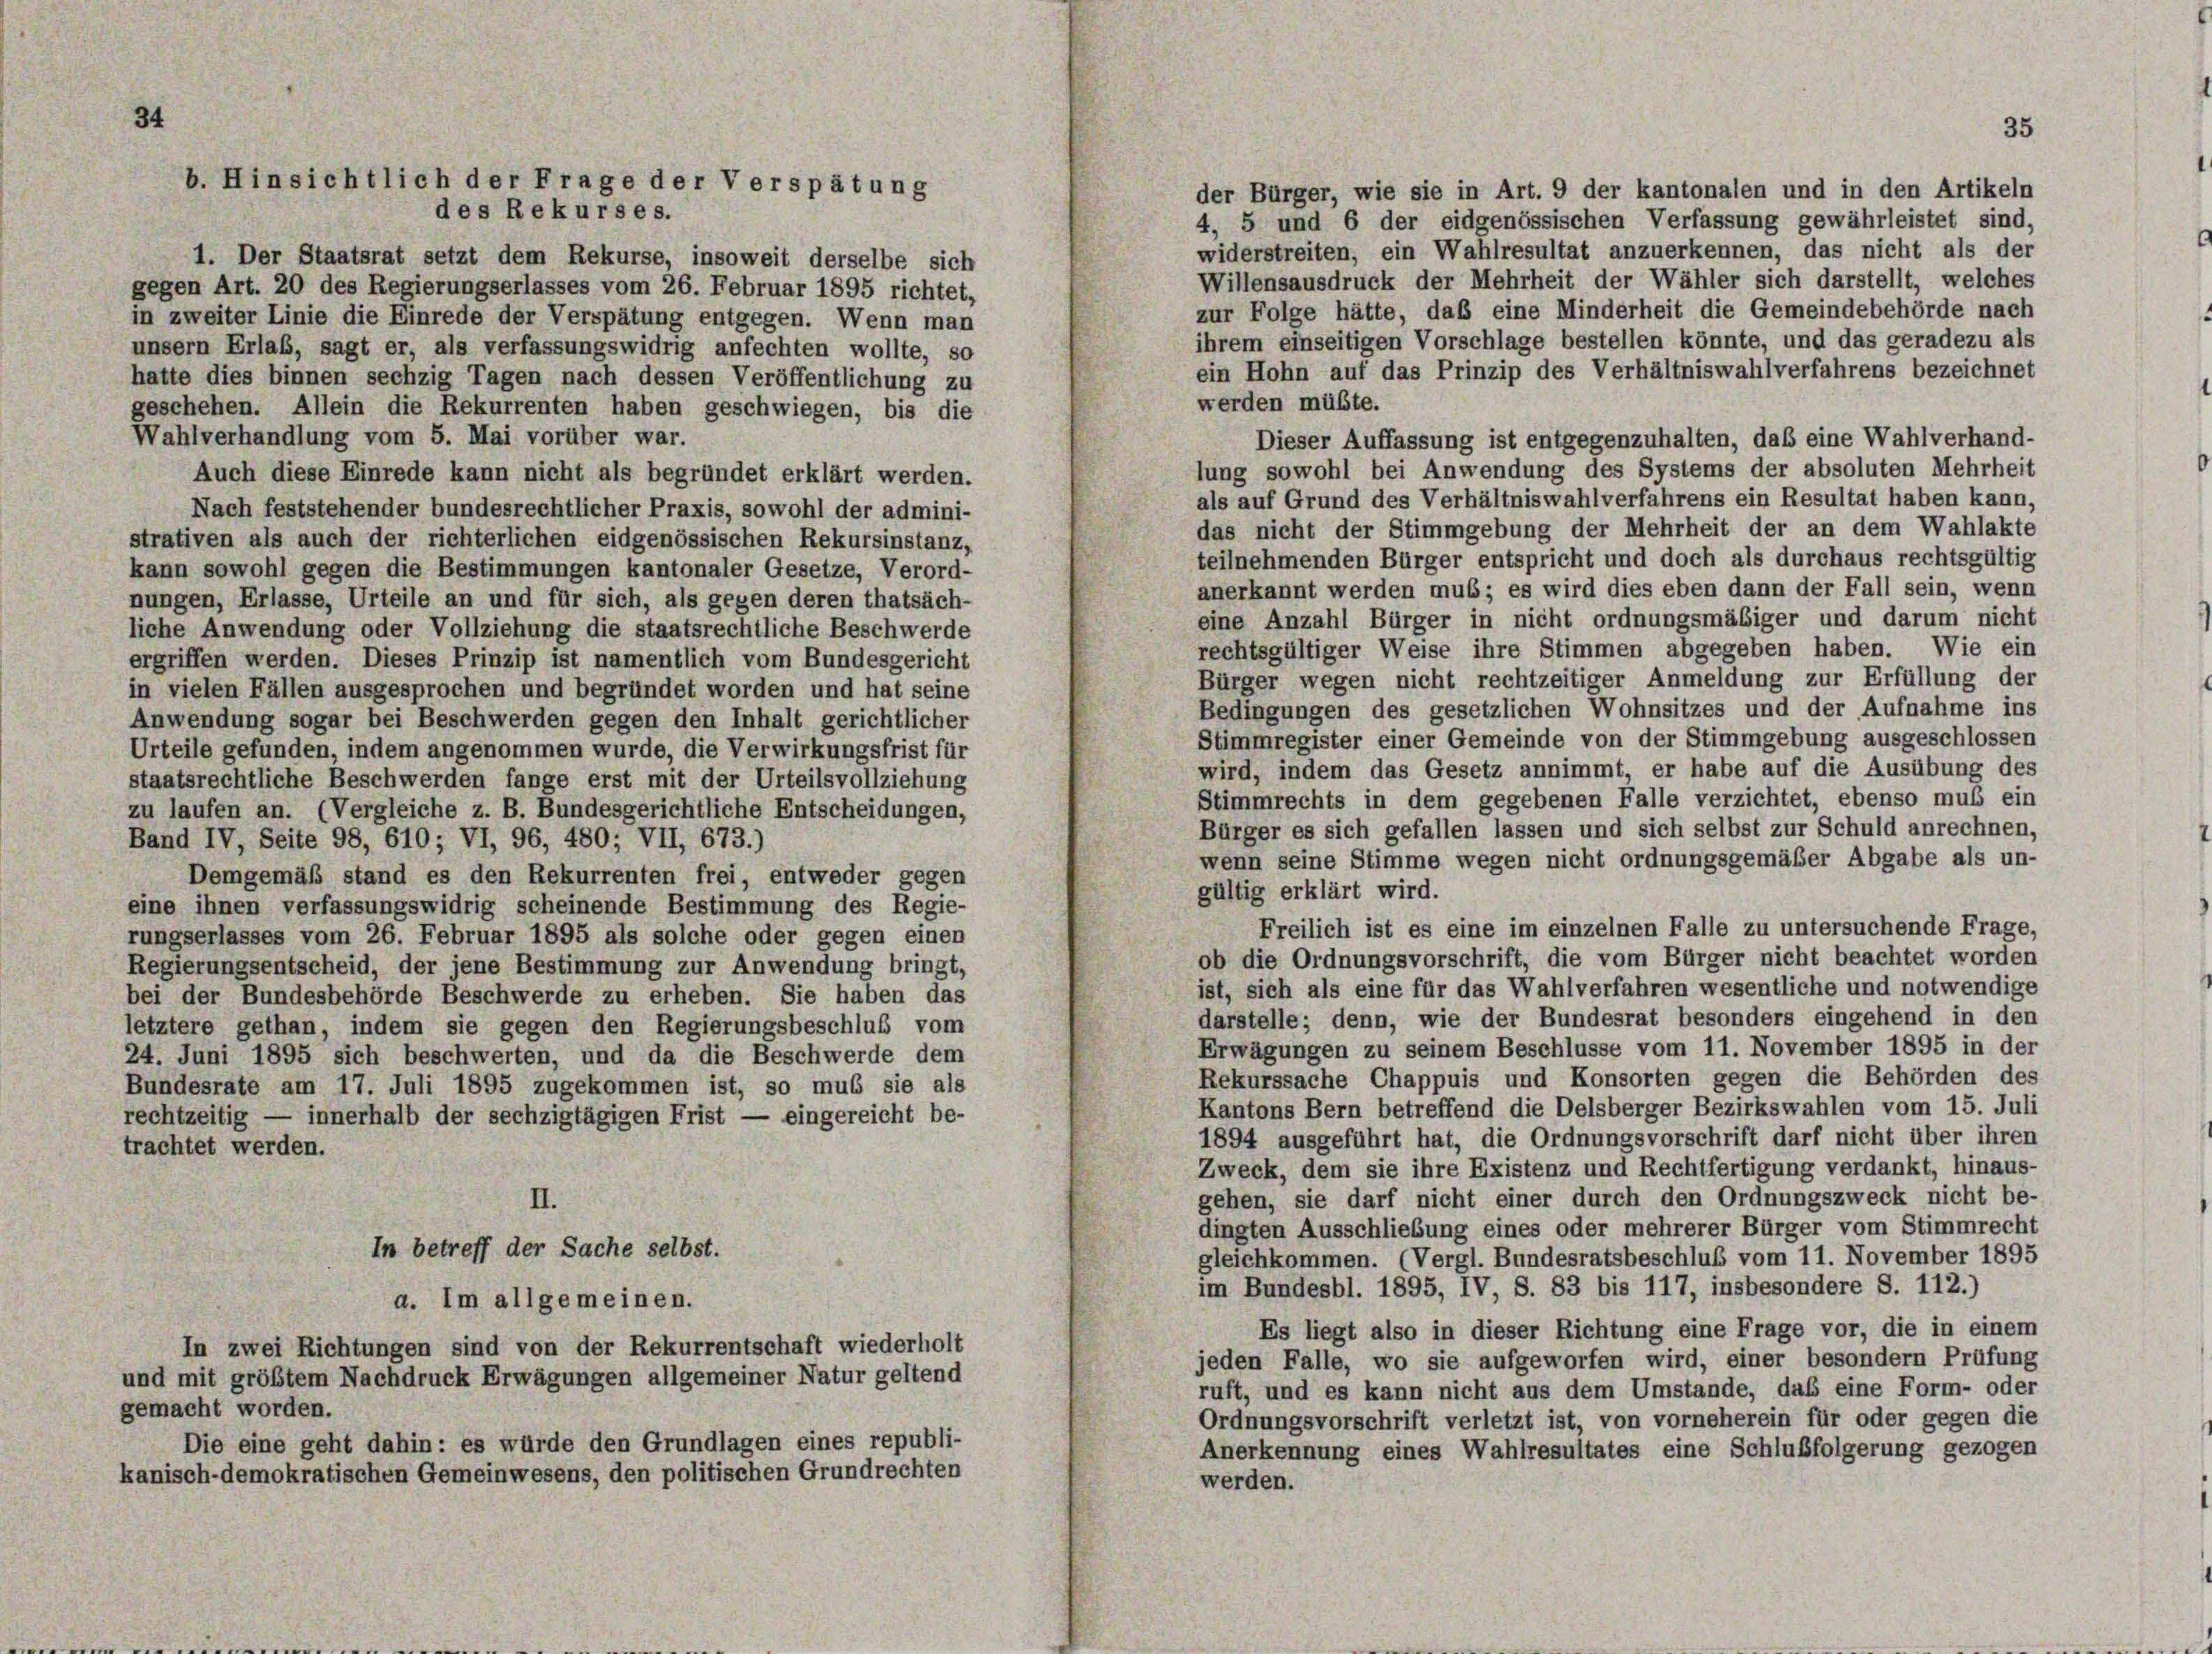
34

der Bürger, wie sie in Art. 9 der kantonalen und in den Artikeln
4, 5 und 6 der eidgenössischen Verfassung gewährleistet sind,
widerstreiten, ein Wahlresultat anzuerkennen, das nicht als der
1. Der Staatsrat setzt dem Rekurse, insoweit derselbe sich
Willensausdruck der Mehrheit der Wähler sich darstellt, welches
gegen Art. 20 des Regierungserlasses vom 26. Februar 1895 richtet,
zur Folge hätte, daß eine Minderheit die Gemeindebehörde nach
in zweiter Linie die Einrede der Verspätung entgegen. Wenn man
ihrem einseitigen Vorschlage bestellen könnte, und das geradezu als
unsern Erlas, sagt er, als verfassungswidrig anfechten wollte, so
ein Hohn auf das Prinzip des Verhältniswahlverfahrens bezeichnet
hatte dies binnen sechzig Tagen nach dessen Veröffentlichung zu
werden müßte.
geschehen. Allein die Rekurrenten haben geschwiegen, bis die
Wahlverhandlung vom 5. Mai vorüber war.
Dieser Auffassung ist entgegenzuhalten, daß eine Wahlverhand-
lung sowohl bei Anwendung des Systems der absoluten Mehrheit
Auch diese Einrede kann nicht als begründet erklärt werden.
als auf Grund des Verhältniswahlverfahrens ein Resultat haben kann,
Nach feststehender bundesrechtlicher Praxis, sowohl der admini-
das nicht der Stimmgebung der Mehrheit der an dem Wahlakte
strativen als auch der richterlichen eidgenössischen Rekursinstanz,
teilnehmenden Bürger entspricht und doch als durchaus rechtsgültig
kann sowohl gegen die Bestimmungen kantonaler Gesetze, Verord-
anerkannt werden muß; es wird dies eben dann der Fall sein, wenn
nungen, Erlasse, Urteile an und für sich, als gegen deren thatsäch-
eine Anzahl Bürger in nicht ordnungsmäsiger und darum nicht
liche Anwendung oder Vollziehung die staatsrechtliche Beschwerde
rechtsgültiger Weise ihre Stimmen abgegeben haben. Wie ein
ergriffen werden. Dieses Prinzip ist namentlich vom Bundesgericht
Bürger wegen nicht rechtzeitiger Anmeldung zur Erfüllung der
in vielen Fällen ausgesprochen und begründet worden und hat seine
Bedingungen des gesetzlichen Wohnsitzes und der Aufnahme ins
Anwendung sogar bei Beschwerden gegen den Inhalt gerichtlicher
Stimmregister einer Gemeinde von der Stimmgebung ausgeschlossen
Urteile gefunden, indem angenommen wurde, die Verwirkungsfrist für
wird, indem das Gesetz annimmt, er habe auf die Ausübung des
staatsrechtliche Beschwerden fange erst mit der Urteilsvollziehung
Stimmrechts in dem gegebenen Falle verzichtet, ebenso muß ein
zu laufen an. (Vergleiche z. B. Bundesgerichtliche Entscheidungen,
Bürger es sich gefallen lassen und sich selbst zur Schuld anrechnen,
Band IV, Seite 98, 610; VI, 96, 480; VII, 673.)
wenn seine Stimme wegen nicht ordnungsgemäßer Abgabe als un-
Demgemäß stand es den Rekurrenten frei, entweder gegen
gültig erklärt wird.
eine ihnen verfassungswidrig scheinende Bestimmung des Regie-
Freilich ist es eine im einzelnen Falle zu untersuchende Frage,
rungserlasses vom 26. Februar 1895 als solche oder gegen einen
ob die Ordnungsvorschrift, die vom Bürger nicht beachtet worden
Regierungsentscheid, der jene Bestimmung zur Anwendung bringt,
ist, sich als eine für das Wahlverfahren wesentliche und notwendige
bei der Bundesbehörde Beschwerde zu erheben. Sie haben das
darstelle; denn, wie der Bundesrat besonders eingehend in den
letztere gethan, indem sie gegen den Regierungsbeschluß vom
Erwägungen zu seinem Beschlüsse vom 11. November 1895 in der
24. Juni 1895 sich beschwerten, und da die Beschwerde dem
Rekurssache Chappuis und Konsorten gegen die Behörden des
Bundesrate am 17. Juli 1895 zugekommen ist, so mus sie als
Kantons Bern betreffend die Delsberger Bezirkswahlen vom 15. Juli
rechtzeitig — innerhalb der sechzigtägigen Frist — eingereicht be-
1894 ausgeführt hat, die Ordnungsvorschrift darf nicht über ihren
trachtet werden.
Zweck, dem sie ihre Existenz und Rechtfertigung verdankt, hinaus-
gehen, sie darf nicht einer durch den Ordnungszweck nicht be-
II
dingten Ausschließung eines oder mehrerer Bürger vom Stimmrecht
In betreff der Sache selbst.
gleichkommen. (Vergl. Bundesratsbeschluß vom 11. November 1895
im Bundesbl. 1895, IV, S. 83 bis 117, insbesondere S. 112.)
a. Im allgemeinen.
Es liegt also in dieser Richtung eine Frage vor, die in einem
In zwei Richtungen sind von der Rekurrentschaft wiederholt
jeden Falle, wo sie aufgeworfen wird, einer besondern Prüfung
und mit größtem Nachdruck Erwägungen allgemeiner Natur geltend
ruft, und es kann nicht aus dem Umstände, das eine Form- oder
gemacht worden.
Ordnungsvorschrift verletzt ist, von vorneherein für oder gegen die
Die eine geht dahin: es würde den Grundlagen eines republi-
Anerkennung eines Wahlresultates eine Schlußfolgerung gezogen
kanisch-demokratischen Gemeinwesens, den politischen Grundrechten
werden.

b. Hinsichtlich der Frage der Verspätung
des Rekurses.

35